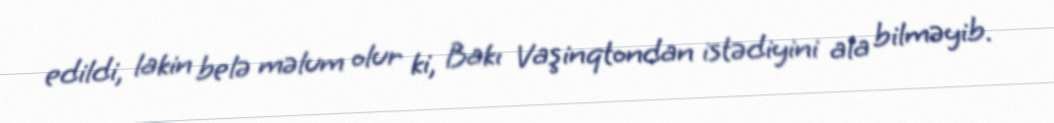
edildi, lakin belə məlum olur ki, Bakı Vaşinqtondan istədiyini ala bilməyib.